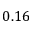
0 . 1 6